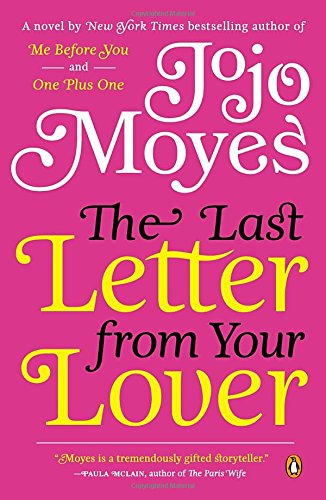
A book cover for The Last Letter from Your Lover: A Novel; Jojo Moyes; Romance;